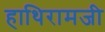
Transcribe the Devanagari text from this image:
हाथिरामजी